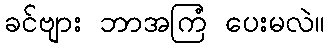
ခင်ဗျား ဘာအကြံ ပေးမလဲ။